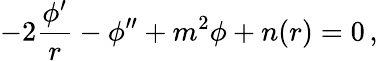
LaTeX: -2\frac{\phi^{\prime}}r-\phi^{\prime\prime}+m^{2}\phi+n(r)=0\, ,